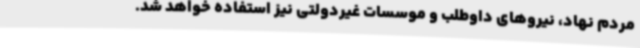
مردم نهاد، نیروهای داوطلب و موسسات غیردولتی نیز استفاده خواهد شد.